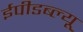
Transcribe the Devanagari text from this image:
ईपीडब्ल्यू